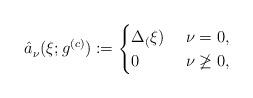
LaTeX: \begin{align*}\hat{a}^{}_\nu (\xi ;g^{(c)}) := \begin{cases} \Delta_(\xi) &\ \nu =0, \\ 0&\ \nu\not\geq 0, \end{cases} \end{align*}